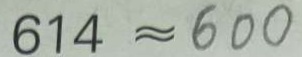
6 1 4 \approx 6 0 0